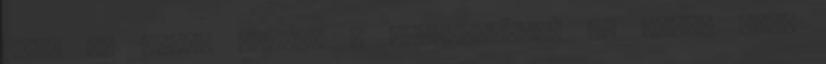
ízes és omlós legyen a végeredmény. Én előző este